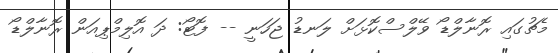
މެޗުގައި ރޮނާލްޑޯ ވޭލްސްކޮޅަށް ލަނޑު ޖަހަނީ -- ފޮޓޯ: ދަ އޮލިމްޕިއަން ރޮނާލްޑޯ